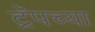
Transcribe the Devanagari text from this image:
ट्रॅपच्या